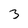
Character: 3